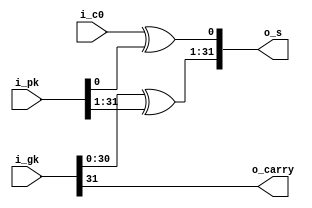
`default_nettype none

module ks_7_32b(
  input  wire        i_c0,
  input  wire [31:0] i_pk,
  input  wire [31:0] i_gk,
  output wire [31:0] o_s,
  output wire        o_carry
);

assign o_carry   = i_gk[31];
assign o_s[0]    = i_c0 ^ i_pk[0];
assign o_s[31:1] = i_gk[30:0] ^ i_pk[31:1];

endmodule